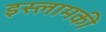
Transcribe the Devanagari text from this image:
इस्लामकी